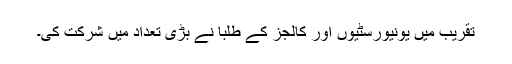
تقریب میں یونیورسٹیوں اور کالجز کے طلبا نے بڑی تعداد میں شرکت کی۔